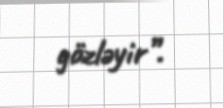
gözləyir”.